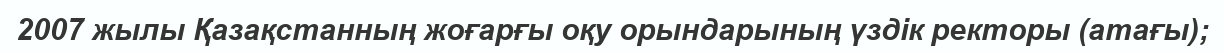
2007 жылы Қазақстанның жоғарғы оқу орындарының үздік ректоры (атағы);